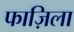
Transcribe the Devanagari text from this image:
फाज़िला